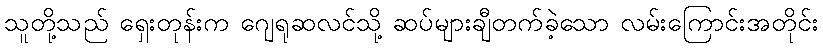
သူတို့သည် ရှေးတုန်းက ဂျေရုဆလင်သို့ ဆပ်များချီတက်ခဲ့သော လမ်းကြောင်းအတိုင်း